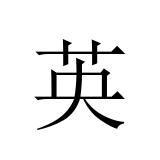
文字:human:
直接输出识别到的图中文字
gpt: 英